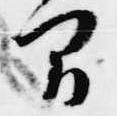
間